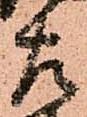
左